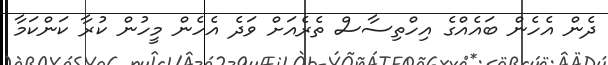
ދެން އެހެން ބައެއްގެ އިހްތިސާސް ތެރެއަށް ވަދެ އެހެން މީހުން ކުރާ ކަންކަމާ